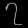
Digit: ၇